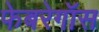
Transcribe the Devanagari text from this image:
फेबरेगॉस